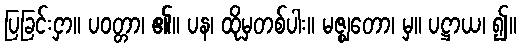
ပြခြင်းငှာ။ ပဝတ္တာ၊ ၏။ ပန၊ ထိုမှတစ်ပါး။ မဇ္ဈတော၊ မှ။ ပဋ္ဌာယ၊ ၍။